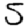
Digit: 5